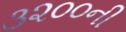
૩૨૦૦ની